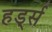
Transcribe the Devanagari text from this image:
हर्ड्स